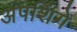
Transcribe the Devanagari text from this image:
अपशिंगे